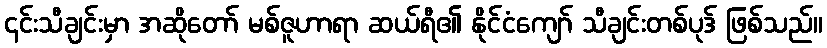
၎င်းသီချင်းမှာ အဆိုတော် မစ်ဇူဟာရာ ဆယ်ရီ၏ နိုင်ငံကျော် သီချင်းတစ်ပုဒ် ဖြစ်သည်။